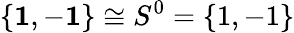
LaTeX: \{ {\mathbf 1},-{\mathbf 1}\} \cong S^{0}=\{ 1,-1\}